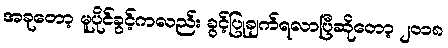
အခုတော့ မူပိုင်ခွင့်ကလည်း ခွင့်ပြုချက်ရလာပြီဆိုတော့ ၂၀၁၈